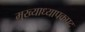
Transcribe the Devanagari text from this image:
मुख्याध्यापकपद